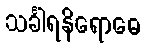
သင်္ခါရနိရောဓေ